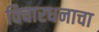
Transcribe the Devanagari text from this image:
विचारधनाचा